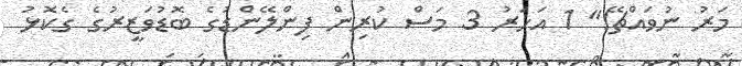
މަރު ނުވައްޗޭ!" 1 އަހަރު 3 މަސް ކުރިން ފިންލޭންޑުގެ ބޮޑުވަޒީރުގެ ގެކޮޅު